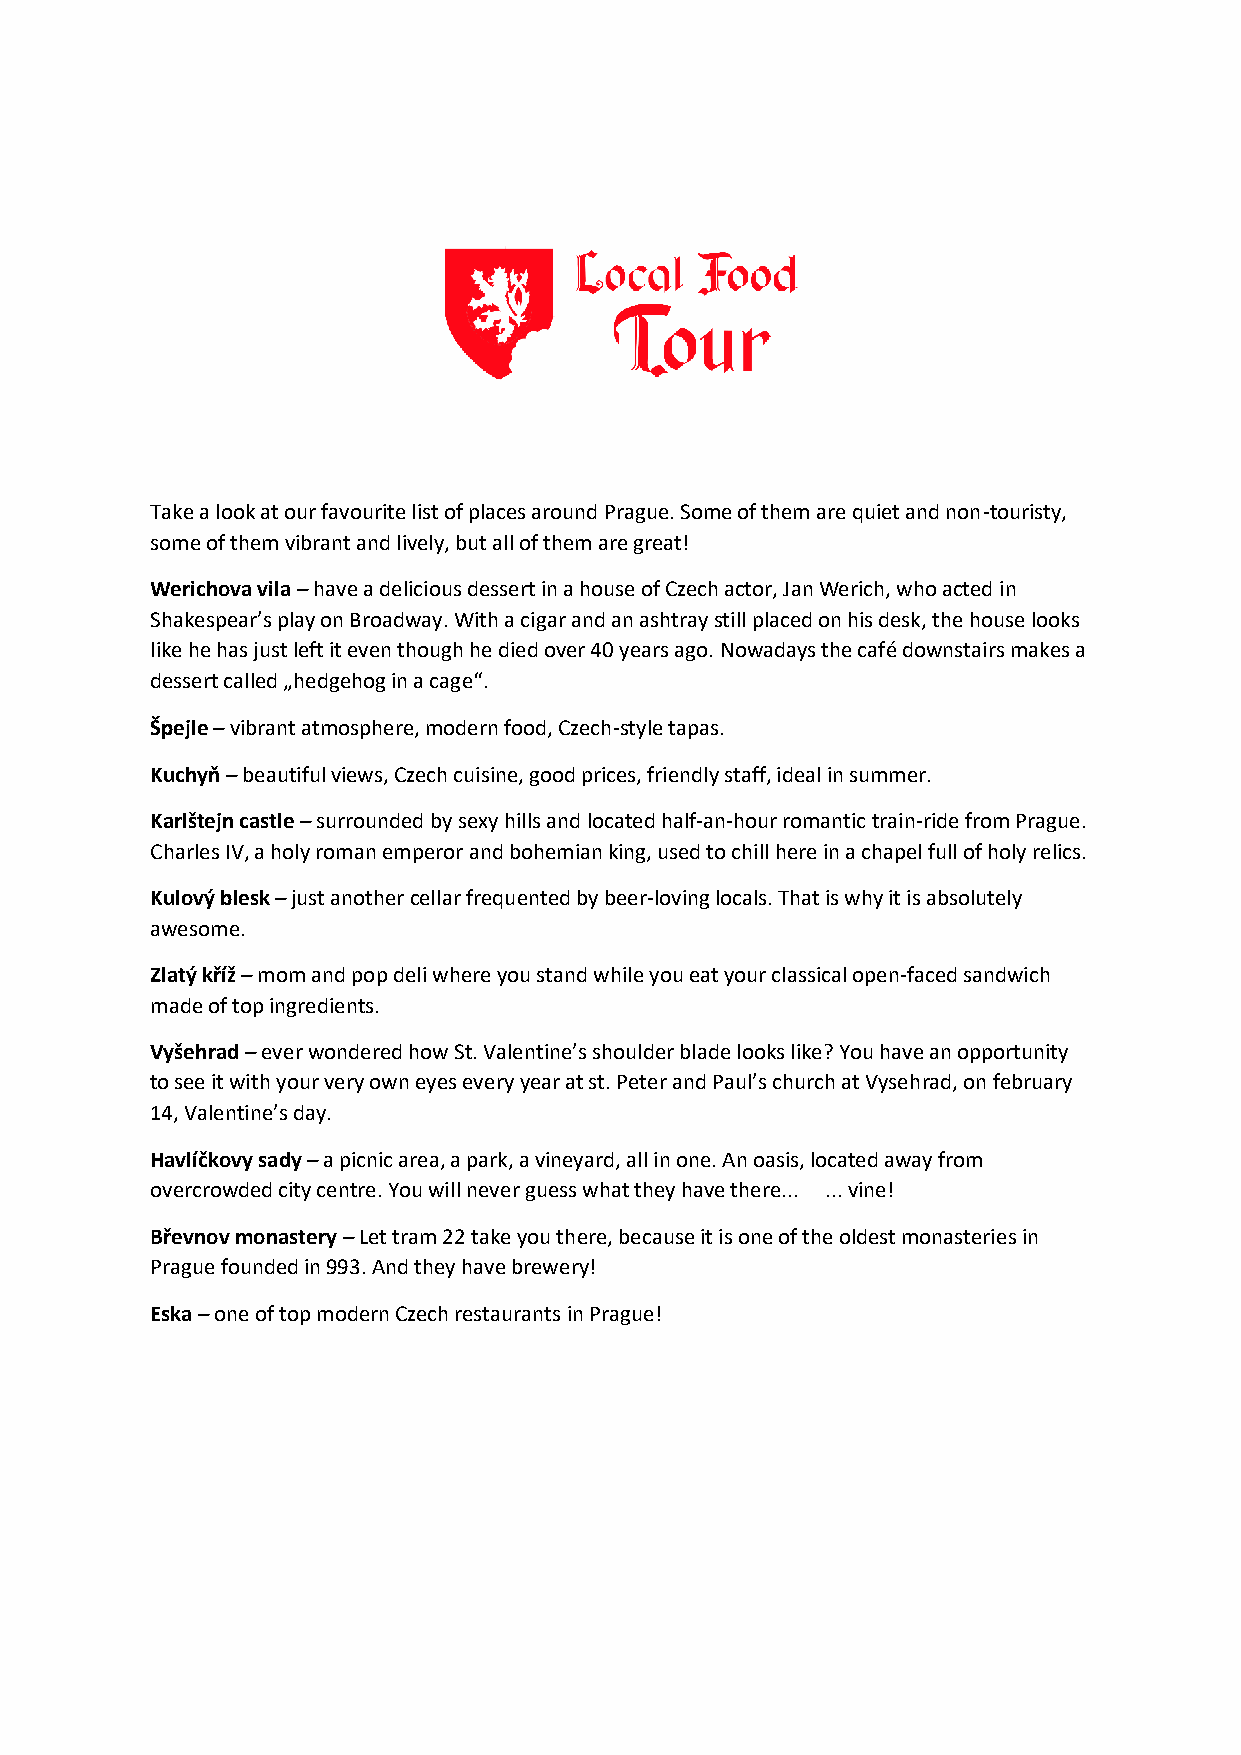
Take a look at our favourite list of places around Prague. Some of them are quiet and non-touristy,
 some of them vibrant and lively, but all of them are great!
 Werichova vila – have a delicious dessert in a house of Czech actor, Jan Werich, who acted in
 Shakespear’s play on Broadway. With a cigar and an ashtray still placed on his desk, the house looks
 like he has just left it even though he died over 40 years ago. Nowadays the café downstairs makes a
 dessert called „hedgehog in a cage“.
 Špejle – vibrant atmosphere, modern food, Czech-style tapas.
 Kuchyň – beautiful views, Czech cuisine, good prices, friendly staff, ideal in summer.
 Karlštejn castle – surrounded by sexy hills and located half-an-hour romantic train-ride from Prague.
 Charles IV, a holy roman emperor and bohemian king, used to chill here in a chapel full of holy relics.
 Kulový blesk – just another cellar frequented by beer-loving locals. That is why it is absolutely
 awesome.
 Zlatý kříž – mom and pop deli where you stand while you eat your classical open-faced sandwich
 made of top ingredients.
 Vyšehrad – ever wondered how St. Valentine’s shoulder blade looks like? You have an opportunity
 to see it with your very own eyes every year at st. Peter and Paul’s church at Vysehrad, on february
 14, Valentine’s day.
 Havlíčkovy sady – a picnic area, a park, a vineyard, all in one. An oasis, located away from
 overcrowded city centre. You will never guess what they have there... ... vine!
 Břevnov monastery – Let tram 22 take you there, because it is one of the oldest monasteries in
 Prague founded in 993. And they have brewery!
 Eska – one of top modern Czech restaurants in Prague!